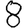
Digit: 8